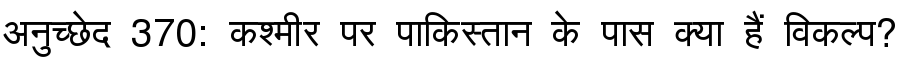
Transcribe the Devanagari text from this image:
अनुच्छेद 370: कश्मीर पर पाकिस्तान के पास क्या हैं विकल्प?